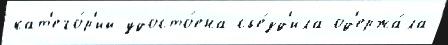
кат'его́р'ий удосто́ена съе́зд'ила од'ержа́ла